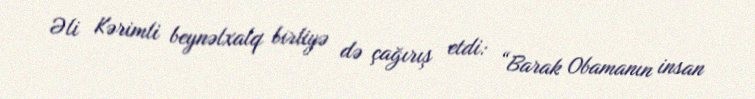
Əli Kərimli beynəlxalq birliyə də çağırış etdi: “Barak Obamanın insan